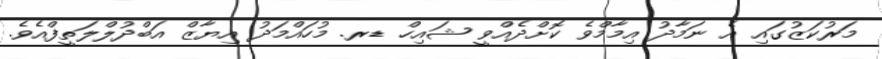
މަރުކަޒުގައި އެ ނަމާދު އިމާމްވެ ކޮށްދެއްވީ ޝައިހް ޑރ. މުހައްމަދު އިޔާޒް އަބްދުލްލަތީފްއެވެ.